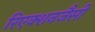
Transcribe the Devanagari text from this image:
रिएक्शनजैसी